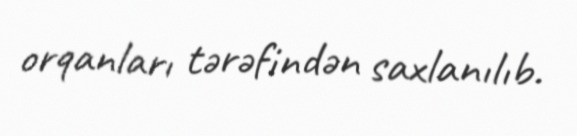
orqanları tərəfindən saxlanılıb.